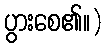
ပွားစေ၏။)